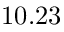
1 0 . 2 3